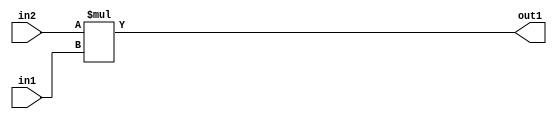
`timescale 1ps / 1ps
/*****************************************************************************
    Verilog RTL Description
    
    
    Created by: Stratus DpOpt 21.05.01 
*******************************************************************************/

module SobelFilter_Mul_24Ux20U_33U_4 (
	in2,
	in1,
	out1
	); /* architecture "behavioural" */ 
input [23:0] in2;
input [19:0] in1;
output [32:0] out1;
wire [32:0] asc001;

assign asc001 = 
	+(in2 * in1);

assign out1 = asc001;
endmodule

/* CADENCE  ubH3Two= : u9/ySxbfrwZIxEzHVQQV8Q== ** DO NOT EDIT THIS LINE ******/